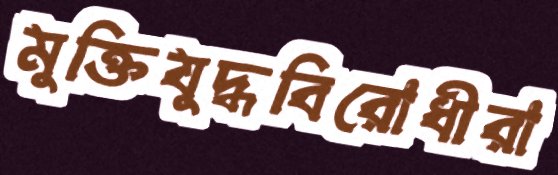
মুক্তিযুদ্ধবিরোধীরা